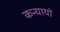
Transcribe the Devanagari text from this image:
कन्यायों